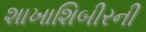
શાખાશિબીરની